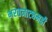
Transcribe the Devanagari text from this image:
भरतनाट्यमही